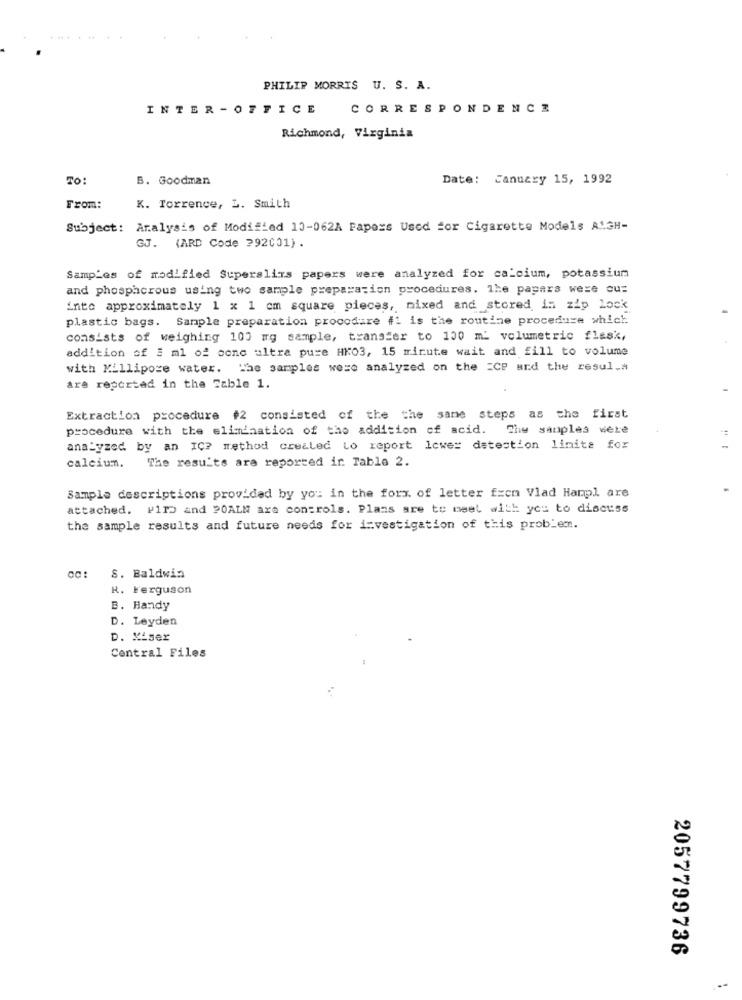
PHILIP MORRIS U. S. A.
INTER -OFFICE
CORRESPONDENCE
Richmond, Virginia
TO
B. Goodman
Date: Canuary 15, 1992
From:
K. Torrence, L. Smith
Subject: Analysis of Modified 10-062A Papers Used for Cigarette Models AMGH-
GJ. (ARD Code ?92001) .
Samp'es of modified Superslims papers were analyzed for calcium, potassium
and phosphcrous using two sample preparation procedures. The papers were cu:
into approximately 1 x 1 cm square pieces, mixed and stored in zip lock
plastic bags. Sample preparation procedure #1 is the routine procedure which
consists of weighing 100 mg sample, transfer to 100 ml volumetric flask,
addition of 5 ml of cone ultra pure HKO3, 15 minute wait and fill to volume
with Millipore water. The samples were analyzed on the =CP and the resul.a
are reported in the Sable 1.
Extraction procedure #2 consisted of the the same steps as the first
procedure with the elimination of the addition of acid.
The samples were
analyzed by an IC? method crealed Lo report lower datestion limite for
The results are reported ir Table 2.
calcium.
Sample descriptions provided by you in the form of letter from Vlad Hampl are
attached. P1ID and 20ALN are controls. Plans are to meet with you to discuss
the sample results and future needs for investigation of this problem.
S. Baldwin
R. Ferguson
B. Handy
D. Leyden
D. Miser
Central Files
2057799736
--